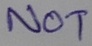
Text: NOT